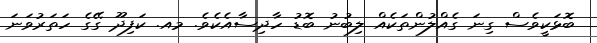
ބޮޅަކީވެސް ގިނަ ގެއްލުންތަކެއް ލިބުނު ބޮޑު ހާދިސާއެކެވެ. މއ. ކަފިދޫ ގޭގެ ހަތަރުވަނަ